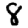
Digit: 8